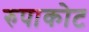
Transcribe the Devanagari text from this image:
रुपाकोट